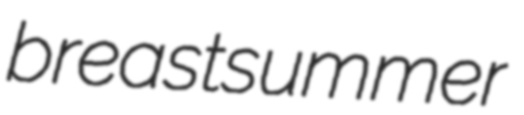
breastsummer